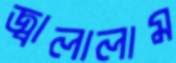
জ্বালালাম